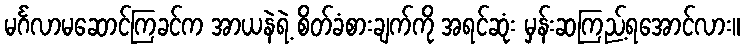
မင်္ဂလာမဆောင်ကြခင်က အာယနဲရဲ့ စိတ်ခံစားချက်ကို အရင်ဆုံး မှန်းဆကြည့်ရအောင်လား။